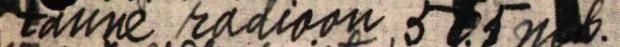
tänne radioon 505 mk.